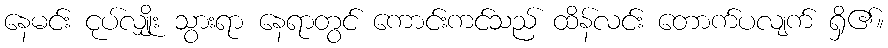
နေမင်း ငုပ်လျှိုး သွားရာ နေရာတွင် ကောင်းကင်သည် ထိန်လင်း တောက်ပလျက် ရှိ၏။